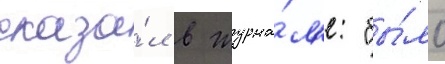
сказа́л в журна́л'е: "бы́ло